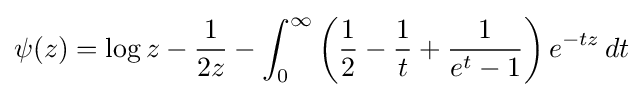
\psi (z)=\log z-{\frac {1}{2z}}-\int _{0}^{\infty }\left({\frac {1}{2}}-{\frac {1}{t}}+{\frac {1}{e^{t}-1}}\right)e^{-tz}\,dt